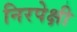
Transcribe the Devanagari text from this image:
निरपेक्षी